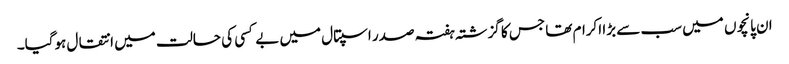
ان پانچوں میں سب سے بڑا اکرام تھا جس کا گزشتہ ہفتہ صدر اسپتال میں بے کسی کی حالت میں انتقال ہوگیا۔